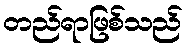
တည်ရာဖြစ်သည်